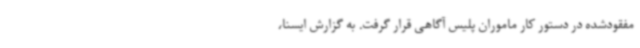
مفقودشده در دستور کار ماموران پلیس آگاهی قرار گرفت. به گزارش ایسنا،